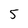
Character: 5